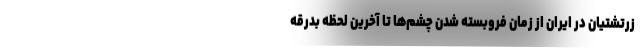
زرتشتیان در ایران از زمان فروبسته شدن چشم‌ها تا آخرین لحظه بدرقه